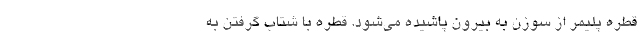
قطره پلیمر از سوزن به بیرون پاشیده می‌شود. قطره با شتاب‌ گرفتن به